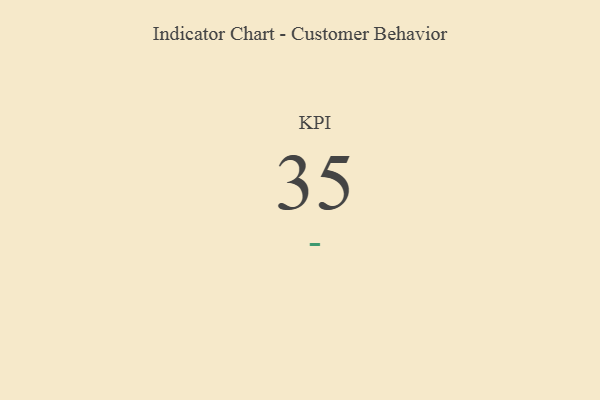
{"axis": {"x": "KPI", "y": "Value"}, "legend": [""], "data": [{"x": "KPI", "y": 35, "type": ""}]}